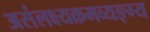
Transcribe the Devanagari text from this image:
असंलक्ष्यक्रमव्यङ्ग्य